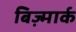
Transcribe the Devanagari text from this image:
बिज़्मार्क